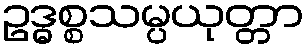
ဥဒ္ဓစ္စသမ္ပယုတ္တာ